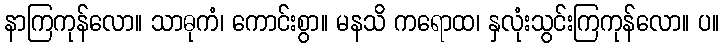
နာကြကုန်လော။ သာဓုကံ၊ ကောင်းစွာ။ မနသိ ကရောထ၊ နှလုံးသွင်းကြကုန်လော။ ပ။